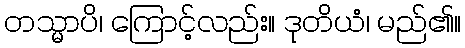
တသ္မာပိ၊ ကြောင့်လည်း။ ဒုတိယံ၊ မည်၏။